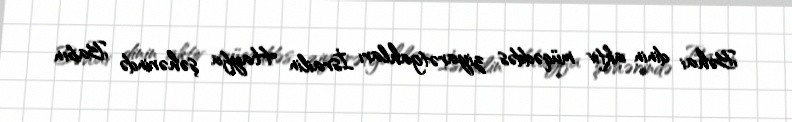
Bəhai dinin aktiv müqəddəs ziyarətgahları İsrailin Hayfa şəhərində Babın